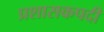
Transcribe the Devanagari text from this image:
प्रशासकपदी